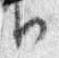
日